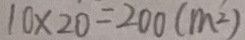
1 0 \times 2 0 = 2 0 0 ( m ^ { 2 } )